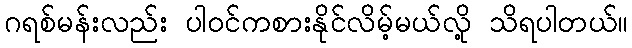
ဂရစ်မန်းလည်း ပါဝင်ကစားနိုင်လိမ့်မယ်လို့ သိရပါတယ်။